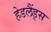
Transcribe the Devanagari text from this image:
हेडलैंड्स